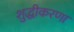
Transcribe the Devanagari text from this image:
शुद्धीकरणा